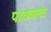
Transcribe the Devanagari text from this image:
पाठवला